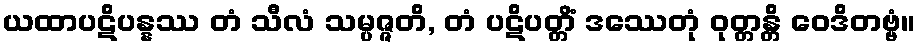
ယထာပဋိပန္နဿ တံ သီလံ သမ္ပဇ္ဇတိ, တံ ပဋိပတ္တိံ ဒဿေတုံ ဝုတ္တန္တိ ဝေဒိတဗ္ဗံ။